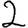
Digit: 2